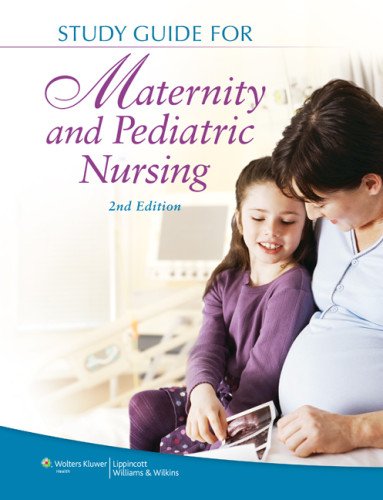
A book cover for Study Guide for Maternity and Pediatric Nursing; Susan Ricci ARNP  MSN  MEd; Medical Books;